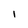
Character: I